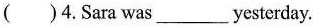
( )4.Sara was___yesterday.